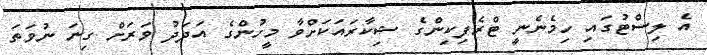
އެ ލިސްޓުގައި ހިމެނެނީ ޓްރެފިކިންގެ ޝިކާރައަކަށްވާ މީހުންގެ އަދަދު ވަރަށް ގިނަ ނުވަތަ